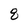
Character: 8